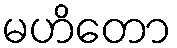
မဟိတော